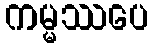
ကမ္မဿပေ